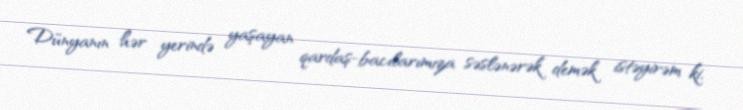
Dünyanın hər yerində yaşayan qardaş-bacılarımıza səslənərək demək istəyirəm ki,